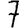
Digit: 7